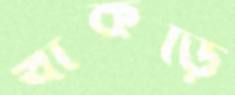
খাঁকড়ি